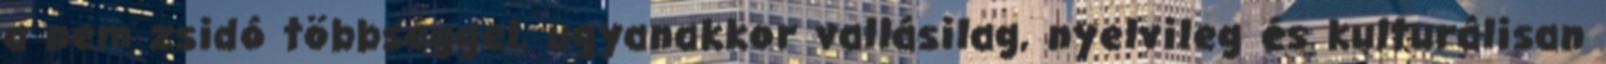
a nem zsidó többséggel, ugyanakkor vallásilag, nyelvileg és kulturálisan